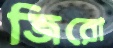
জিরো